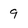
Character: 9